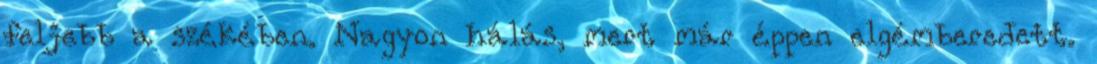
feljebb a székében. Nagyon hálás, mert már éppen elgémberedett.